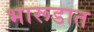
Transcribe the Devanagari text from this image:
भारूडात